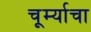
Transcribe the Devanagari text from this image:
चूर्म्याचा